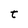
Character: t